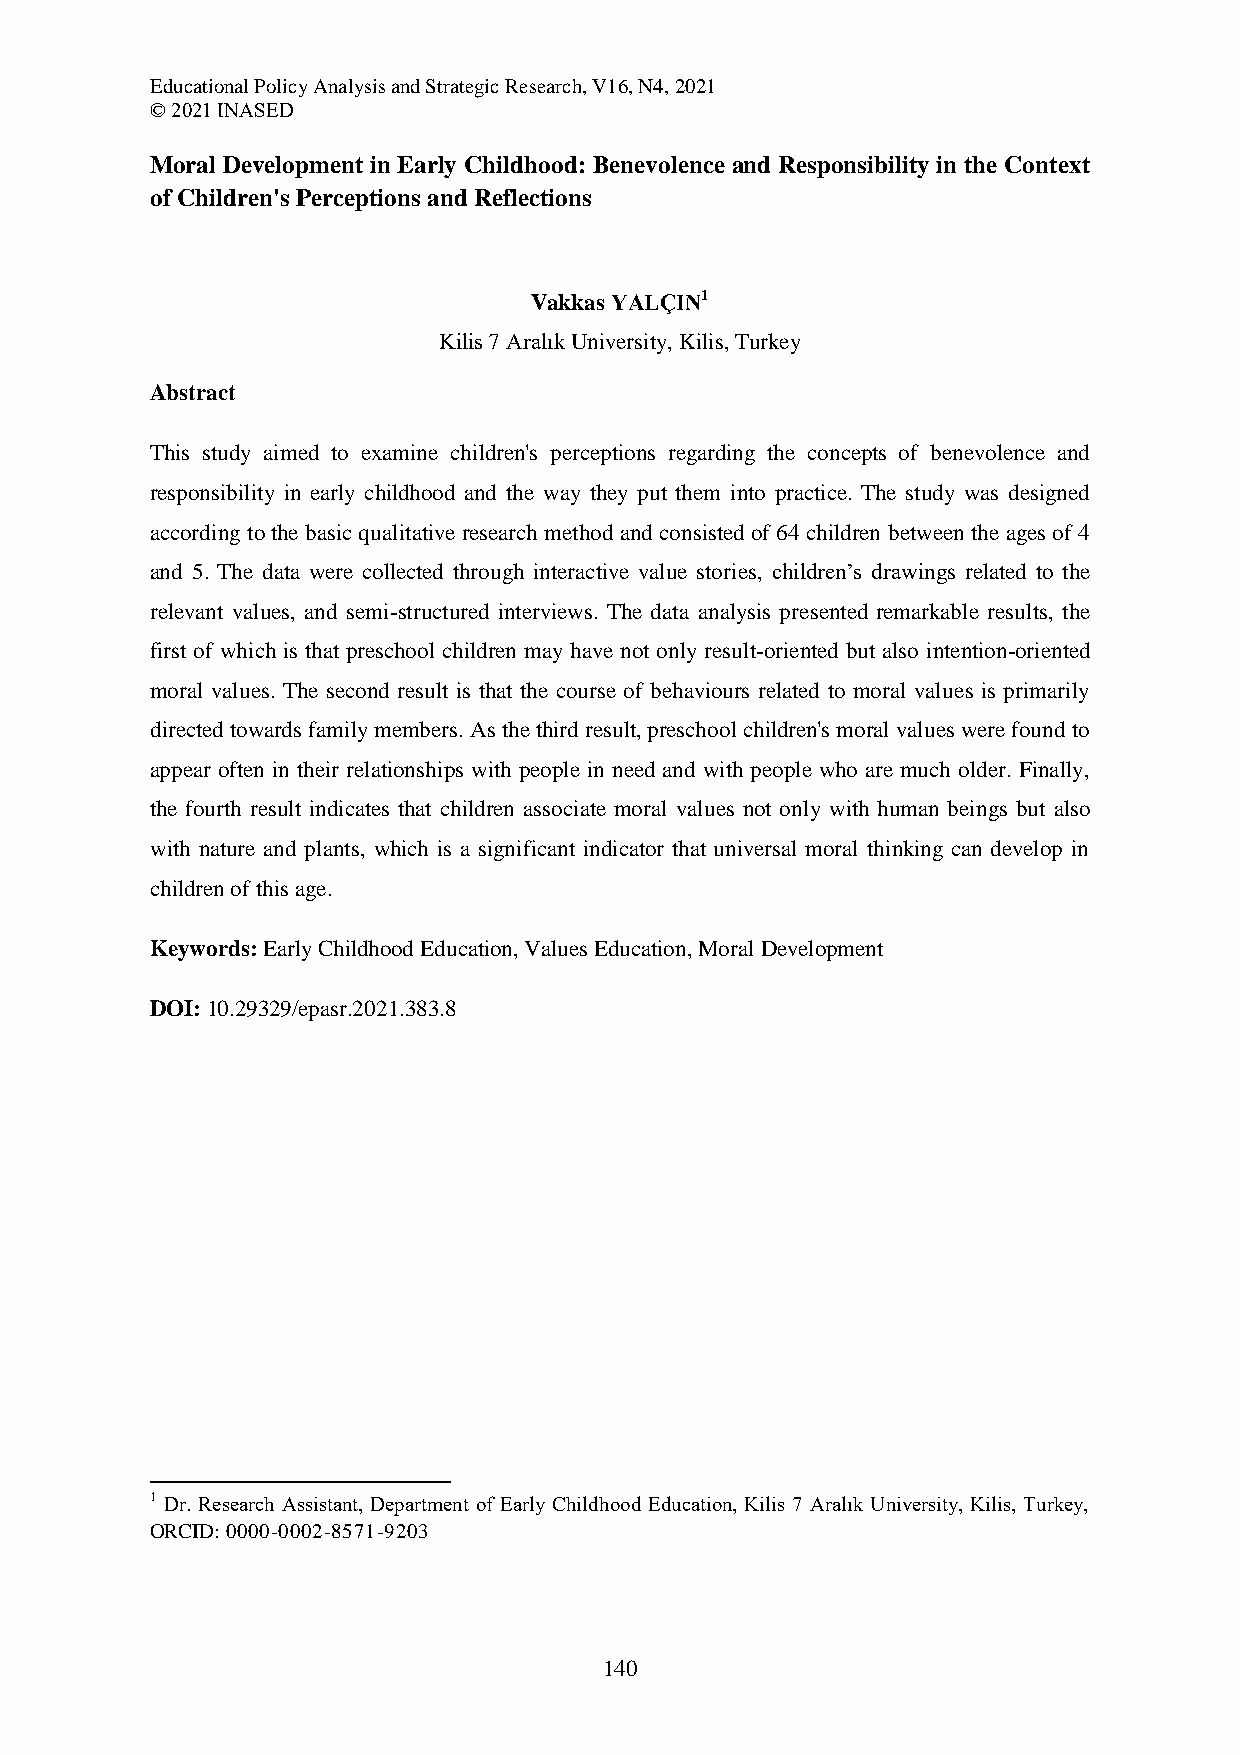
Educational Policy Analysis and Strategic Research, V16, N4, 2021
 © 2021 INASED
 Moral Development in Early Childhood: Benevolence and Responsibility in the Context
 of Children's Perceptions and Reflections
 Vakkas YALÇIN1
 Kilis 7 Aralık University, Kilis, Turkey
 Abstract
 This study aimed to examine children's perceptions regarding the concepts of benevolence and
 responsibility in early childhood and the way they put them into practice. The study was designed
 according to the basic qualitative research method and consisted of 64 children between the ages of 4
 and 5. The data were collected through interactive value stories, children’s drawings related to the
 relevant values, and semi-structured interviews. The data analysis presented remarkable results, the
 first of which is that preschool children may have not only result-oriented but also intention-oriented
 moral values. The second result is that the course of behaviours related to moral values is primarily
 directed towards family members. As the third result, preschool children's moral values were found to
 appear often in their relationships with people in need and with people who are much older. Finally,
 the fourth result indicates that children associate moral values not only with human beings but also
 with nature and plants, which is a significant indicator that universal moral thinking can develop in
 children of this age.
 Keywords: Early Childhood Education, Values Education, Moral Development
 DOI: 10.29329/epasr.2021.383.8
 1 Dr. Research Assistant, Department of Early Childhood Education, Kilis 7 Aralık University, Kilis, Turkey,
 ORCID: 0000-0002-8571-9203
 140